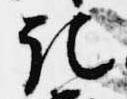
記